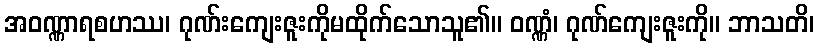
အဝဏ္ဏာရစဟဿ၊ ဂုဏ်းကျေးဇူးကိုမထိုက်သောသူ၏။ ဝဏ္ဏံ၊ ဂုဏ်ကျေးဇူးကို။ ဘာသတိ၊